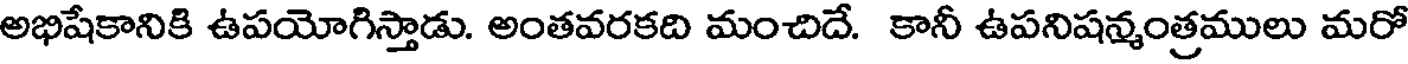
అభిషేకానికి ఉపయోగిస్తాడు. అంతవరకది మంచిదే. కానీ ఉపనిషన్మంత్రములు మరో